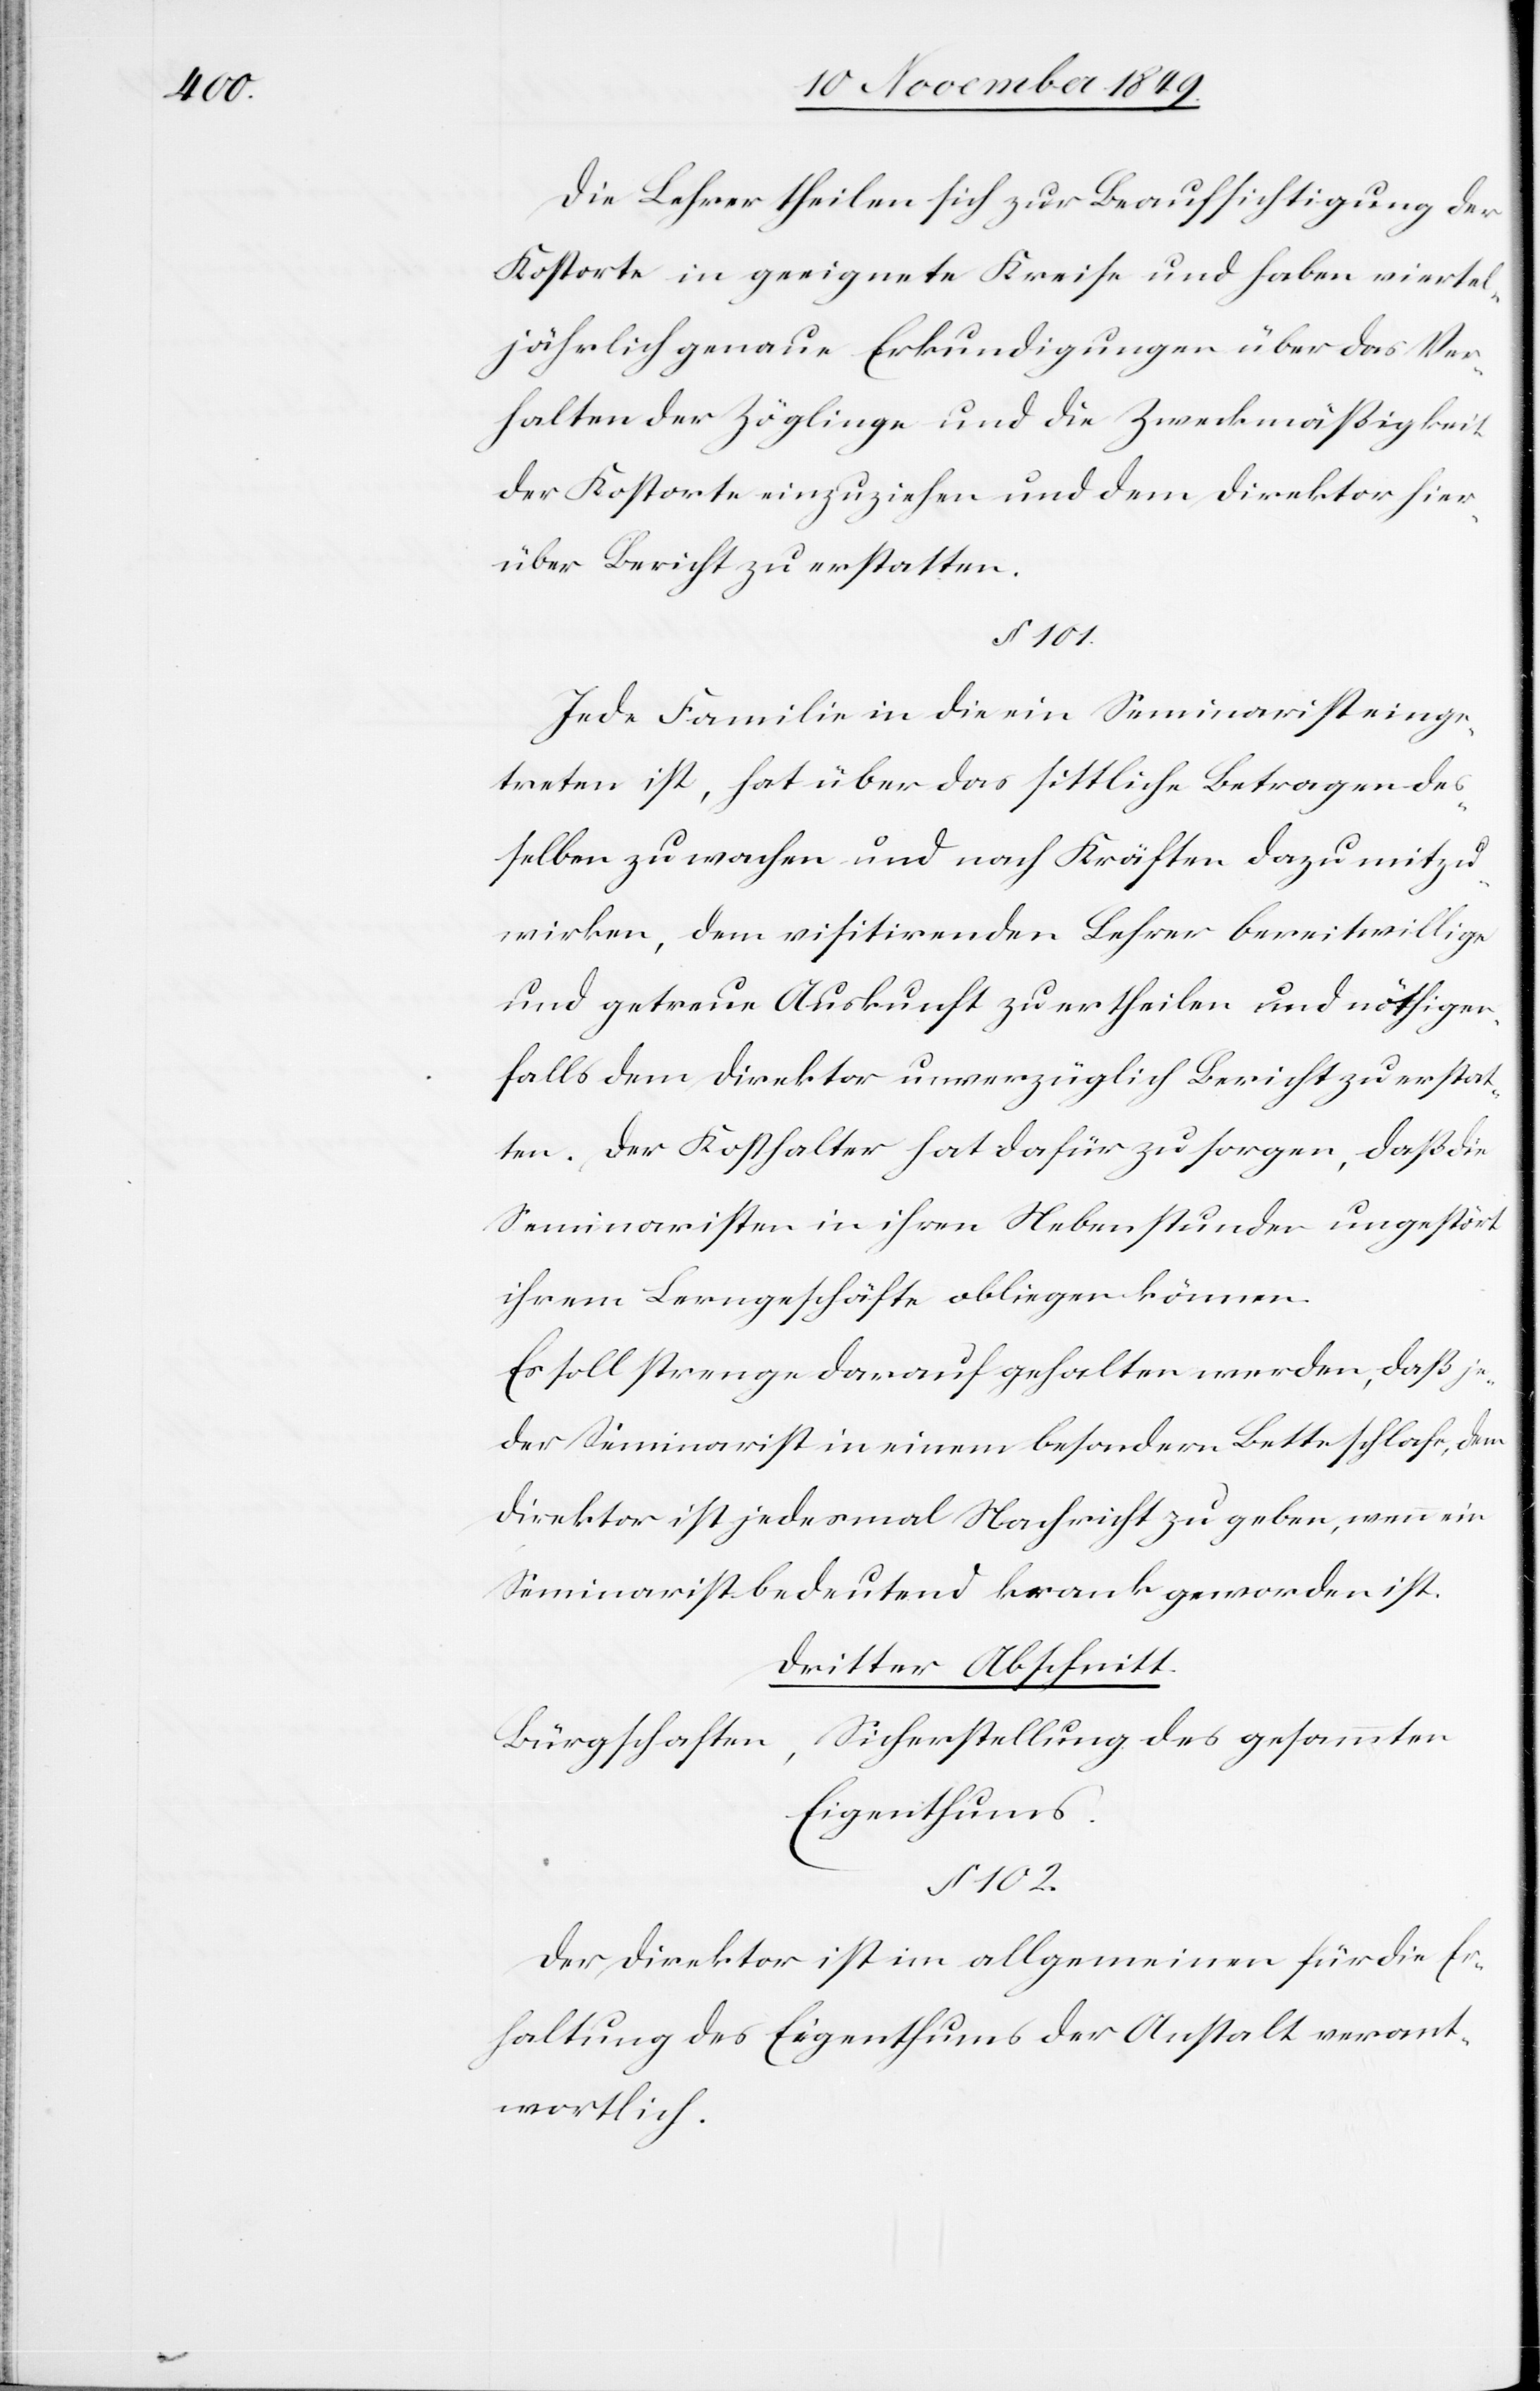
Die Lehrer theilen sich zur Beaufsichtigung der
Kostorte in geeignete Kreise und haben viertel¬
jährlich genaue Erkundigungen über das Ver¬
halten der Zöglinge und die Zweckmäßigkeit
der Kostorte einzuziehen und dem Direktor hier¬
über Bericht zu erstatten.
§ 101.
Jede Familie in die ein Seminarist einge¬
treten ist, hat über das sittliche Betragen des¬
selben zu wachen und nach Kräften dazu mit¬
wirken, dem visitirenden Lehrer bereitwillige
und getreue Auskunft zu ertheilen und nöthigen¬
falls dem Direktor unverzüglich Bericht zu erstat¬
ten. Der Kosthalter hat dafür zu sorgen, daß die
Seminaristen in ihren Nebenstunden ungestört
ihrem Lerngeschäfte obliegen können.
Es soll strenge darauf gehalten werden, daß je¬
der Seminarist in einem besondern Bette schlafe, dem
Direktor ist jedesmal Nachricht zu geben, wenn ein
Seminarist bedeutend krank geworden ist.
Dritter Abschnitt.
Sicherstellung des gesammten
Bürgschaften,
Eigenthums.
§ 102.
Der Direktor ist im allgemeinen für die Er¬
haltung des Eigenthums der Anstalt verant¬
wortlich.